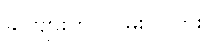
ခင်ဗျားက လမ်းပြလား။